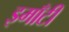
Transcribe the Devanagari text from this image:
इमाँटी